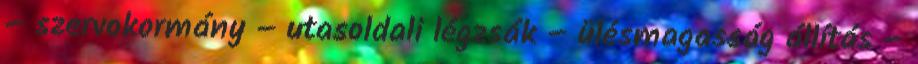
– szervokormány – utasoldali légzsák – ülésmagasság állítás –